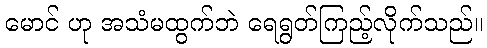
မောင် ဟု အသံမထွက်ဘဲ ရေရွတ်ကြည့်လိုက်သည်။